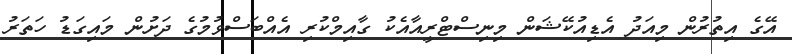
އޭގެ އިތުރުން މިއަދު އެޑިއުކޭޝަން މިނިސްޓްރީއާއެކު ގާއިމްކުރި އެއްބަސްވުމުގެ ދަށުން މައިގަޑު ހަތަރު